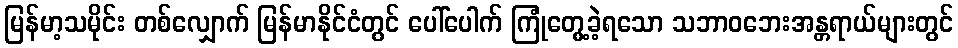
မြန်မာ့သမိုင်း တစ်လျှောက် မြန်မာနိုင်ငံတွင် ပေါ်ပေါက် ကြုံတွေ့ခဲ့ရသော သဘာဝဘေးအန္တရာယ်များတွင်